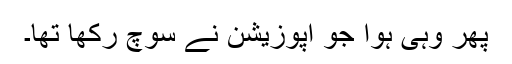
پھر وہی ہوا جو اپوزیشن نے سوچ رکھا تھا۔